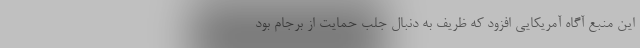
این منبع آگاه آمریکایی افزود که ظریف به دنبال جلب حمایت از برجام بود